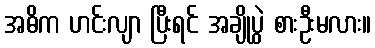
အဓိက ဟင်းလျာ ပြီးရင် အချိုပွဲ စားဦးမလား။